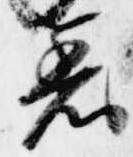
着